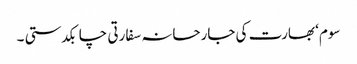
سوم‘ بھارت کی جارحانہ سفارتی چابکدستی ۔